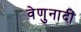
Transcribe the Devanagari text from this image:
वेणुनादीं